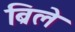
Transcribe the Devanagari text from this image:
ब्रिले